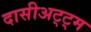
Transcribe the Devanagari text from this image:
दासीअट्ट्म